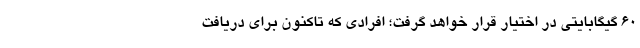
۶۰ گیگابایتی در اختیار قرار خواهد گرفت؛ افرادی که تاکنون برای دریافت